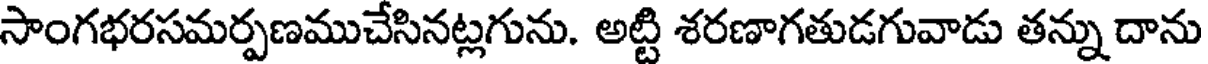
సాంగభరసమర్పణముచేసినట్లగును. అట్టి శరణాగతుడగువాడు తన్ను దాను